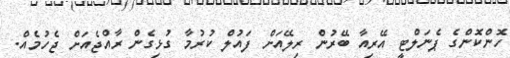
ހޮންކޮންގެ ޕެނަލްޓީ އޭރިއާ ބޭރުން ރިލޭއަށް ފައުލް ކުރުމާ ގުޅިގެން ރާއްޖެއަށް ޖެހުމެއް.